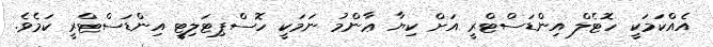
އެއްކަމަކީ ހޮޓެލް އިންޑަސްޓްރީ އަށް ކިޔާ ޢާންމު ނަމަކީ ހޮސްޕިޓަލިޓީ އިންޑަސްޓްރީ ކަމެވެ.